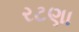
રટણા